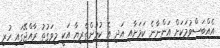
އެއްބަސްވުމަކަށް އަންނާނެ ކަމަށާއި އަދި އެ ކުޅުންތެރިޔާ އަކީ މިވަގުތު ރާއްޖޭގައި ހުރި